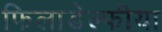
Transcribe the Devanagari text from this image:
फिलाडेल्फीया